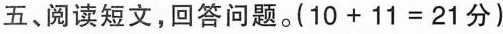
五、阅读短文，回答问题。(10+11=21分)